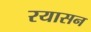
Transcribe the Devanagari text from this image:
रयासन